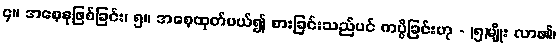
၄။ အစေ့နုဖြစ်ခြင်း၊ ၅။ အစေ့ထုတ်ပယ်၍ စားခြင်းသည်ပင် ကပ္ပိခြင်းဟု - (၅)မျိုး လာ၏၊